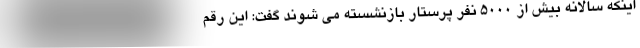
اینکه سالانه بیش از ۵۰۰۰ نفر پرستار بازنشسته می شوند گفت: این رقم